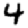
Digit: 4